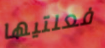
فعلتيها